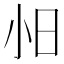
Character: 𫴸